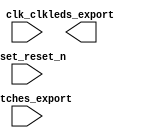

module niosLab2 (
	clk_clk,
	leds_export,
	reset_reset_n,
	switches_export);	

	input		clk_clk;
	output	[5:0]	leds_export;
	input		reset_reset_n;
	input	[5:0]	switches_export;
endmodule